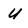
Character: u